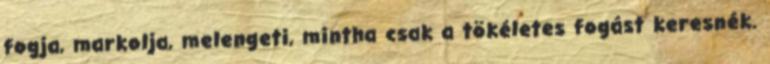
fogja, markolja, melengeti, mintha csak a tökéletes fogást keresnék.